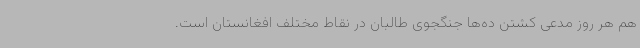
هم هر روز مدعی کشتن ده‌ها جنگجوی طالبان در نقاط مختلف افغانستان است.